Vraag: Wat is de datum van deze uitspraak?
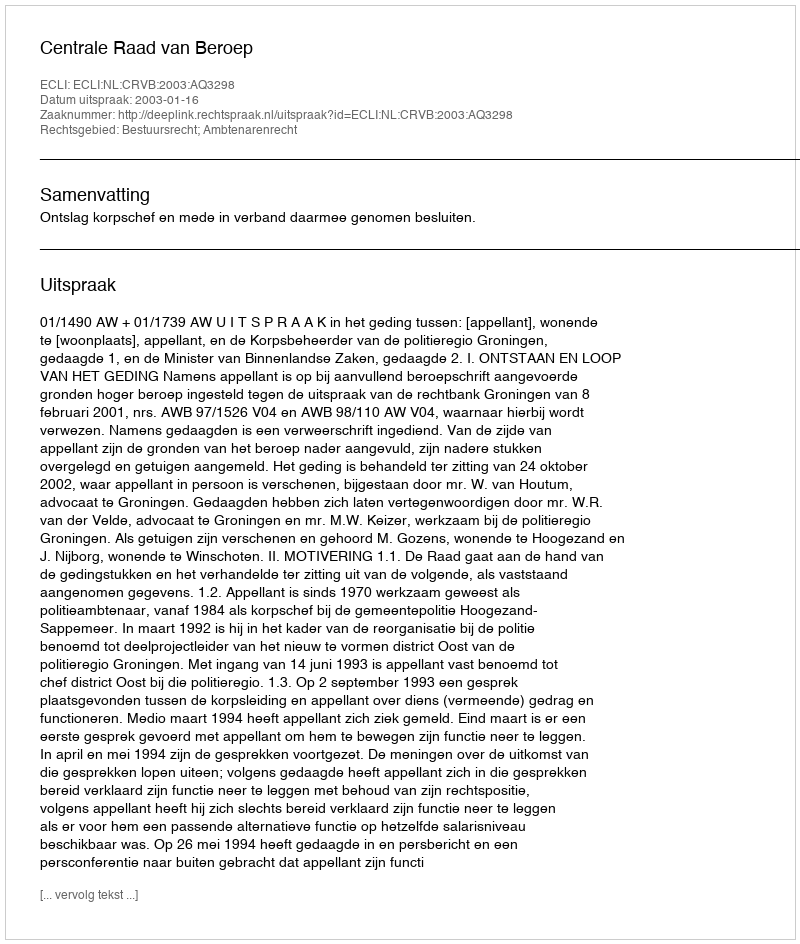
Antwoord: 2003-01-16